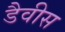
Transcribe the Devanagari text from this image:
डैवीस